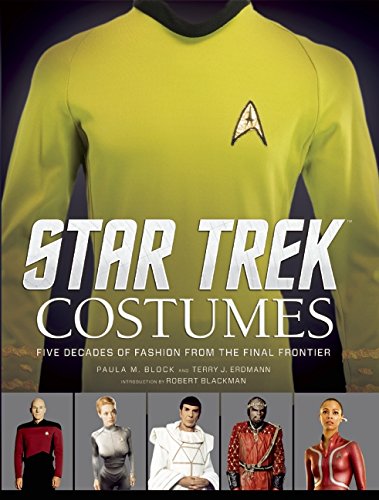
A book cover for Star Trek: Costumes: Five Decades of Fashion from the Final Frontier; Paula M. Block; Humor & Entertainment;